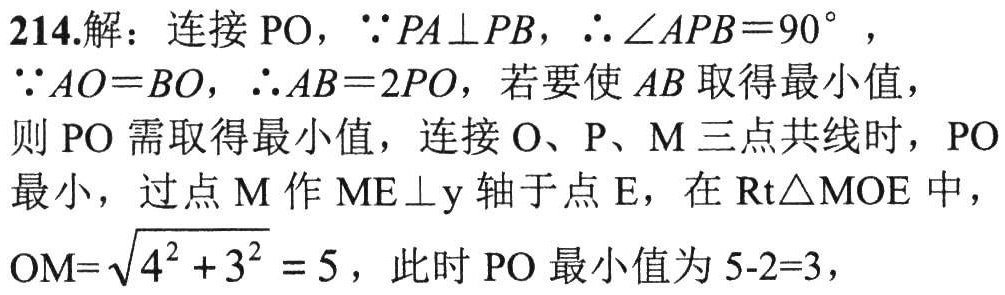
214.解：连接\(PO\)，\(\because PA\perp PB\)，\(\therefore \angle APB = 90^{\circ}\)，
\(\because AO = BO\)，\(\therefore AB = 2PO\)，若要使\(AB\)取得最小值，
则\(PO\)需取得最小值，连接\(O\)、\(P\)、\(M\)三点共线时，\(PO\)
最小，过点\(M\)作\(ME\perp y\)轴于点\(E\)，在\(\text{Rt}\triangle MOE\)中，
\(OM = \sqrt{4^{2} + 3^{2}} = 5\)，此时\(PO\)最小值为\(5 - 2 = 3\)，